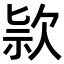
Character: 𣢾